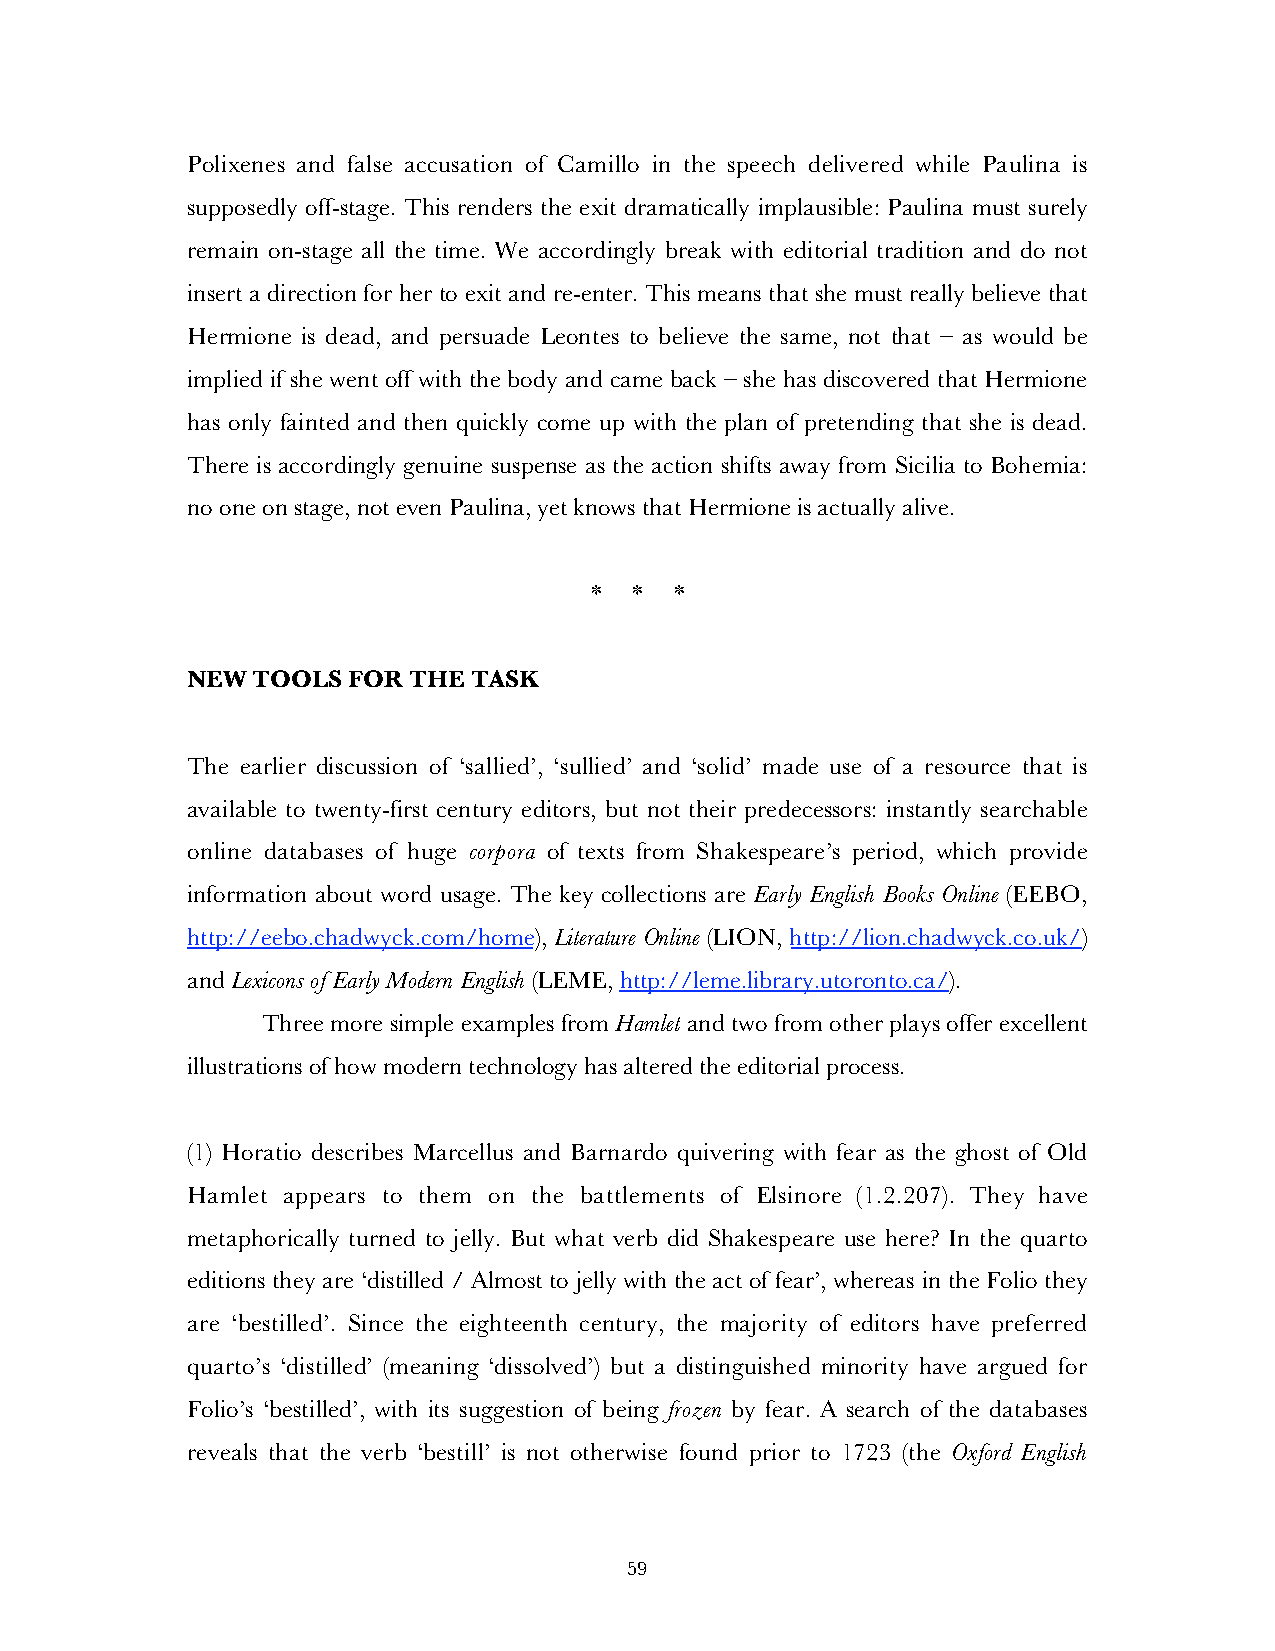
Polixenes and false accusation of Camillo in the speech delivered while Paulina is
 supposedly off-stage. This renders the exit dramatically implausible: Paulina must surely
 remain on-stage all the time. We accordingly break with editorial tradition and do not
 insert a direction for her to exit and re-enter. This means that she must really believe that
 Hermione is dead, and persuade Leontes to believe the same, not that – as would be
 implied if she went off with the body and came back – she has discovered that Hermione
 has only fainted and then quickly come up with the plan of pretending that she is dead.
 There is accordingly genuine suspense as the action shifts away from Sicilia to Bohemia:
 no one on stage, not even Paulina, yet knows that Hermione is actually alive.
 *  *  *
 NEW  TOOLS FOR THE TASK
 The earlier discussion of ‘sallied’, ‘sullied’ and ‘solid’ made use of a resource that is
 available to twenty-first century editors, but not their predecessors: instantly searchable
 online databases of huge corpora of texts from Shakespeare’s period, which provide
 information about word usage. The key collections are Early English Books Online (EEBO,
 http://eebo.chadwyck.com/home), Literature Online (LION, http://lion.chadwyck.co.uk/)
 and Lexicons of Early Modern English (LEME, http://leme.library.utoronto.ca/).
 Three more simple examples from Hamlet and two from other plays offer excellent
 illustrations of how modern technology has altered the editorial process.
 (1) Horatio describes Marcellus and Barnardo quivering with fear as the ghost of Old
 Hamlet appears to them on the battlements of Elsinore (1.2.207). They have
 metaphorically turned to jelly. But what verb did Shakespeare use here? In the quarto
 editions they are ‘distilled / Almost to jelly with the act of fear’, whereas in the Folio they
 are ‘bestilled’. Since the eighteenth century, the majority of editors have preferred
 quarto’s ‘distilled’ (meaning ‘dissolved’) but a distinguished minority have argued for
 Folio’s ‘bestilled’, with its suggestion of being frozen by fear. A search of the databases
 reveals that the verb ‘bestill’ is not otherwise found prior to 1723 (the Oxford English
 59